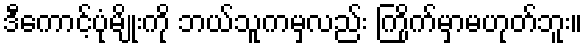
ဒီကောင့်ပုံမျိုးကို ဘယ်သူကမှလည်း ကြိုက်မှာမဟုတ်ဘူး။